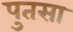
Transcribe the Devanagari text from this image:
पुतसा